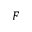
F